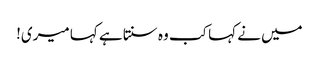
میں نے کہا کب وہ سنتا ہے کہا میری!